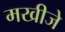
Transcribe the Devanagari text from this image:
मखीजे